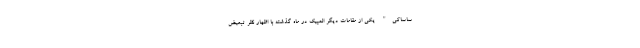
ساساکی" یکی از مقامات دیگر المپیک در ماه گذشته با اظهار نظر تبعیض